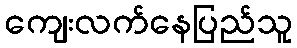
ကျေးလက်နေပြည်သူ